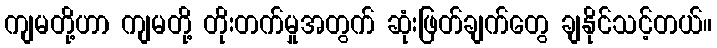
ကျမတို့ဟာ ကျမတို့ တိုးတက်မှုအတွက် ဆုံးဖြတ်ချက်တွေ ချနိုင်သင့်တယ်။